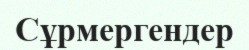
Сұрмергендер